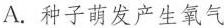
A.种子萌发产生氧气